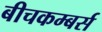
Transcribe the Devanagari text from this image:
बीचकम्बर्स